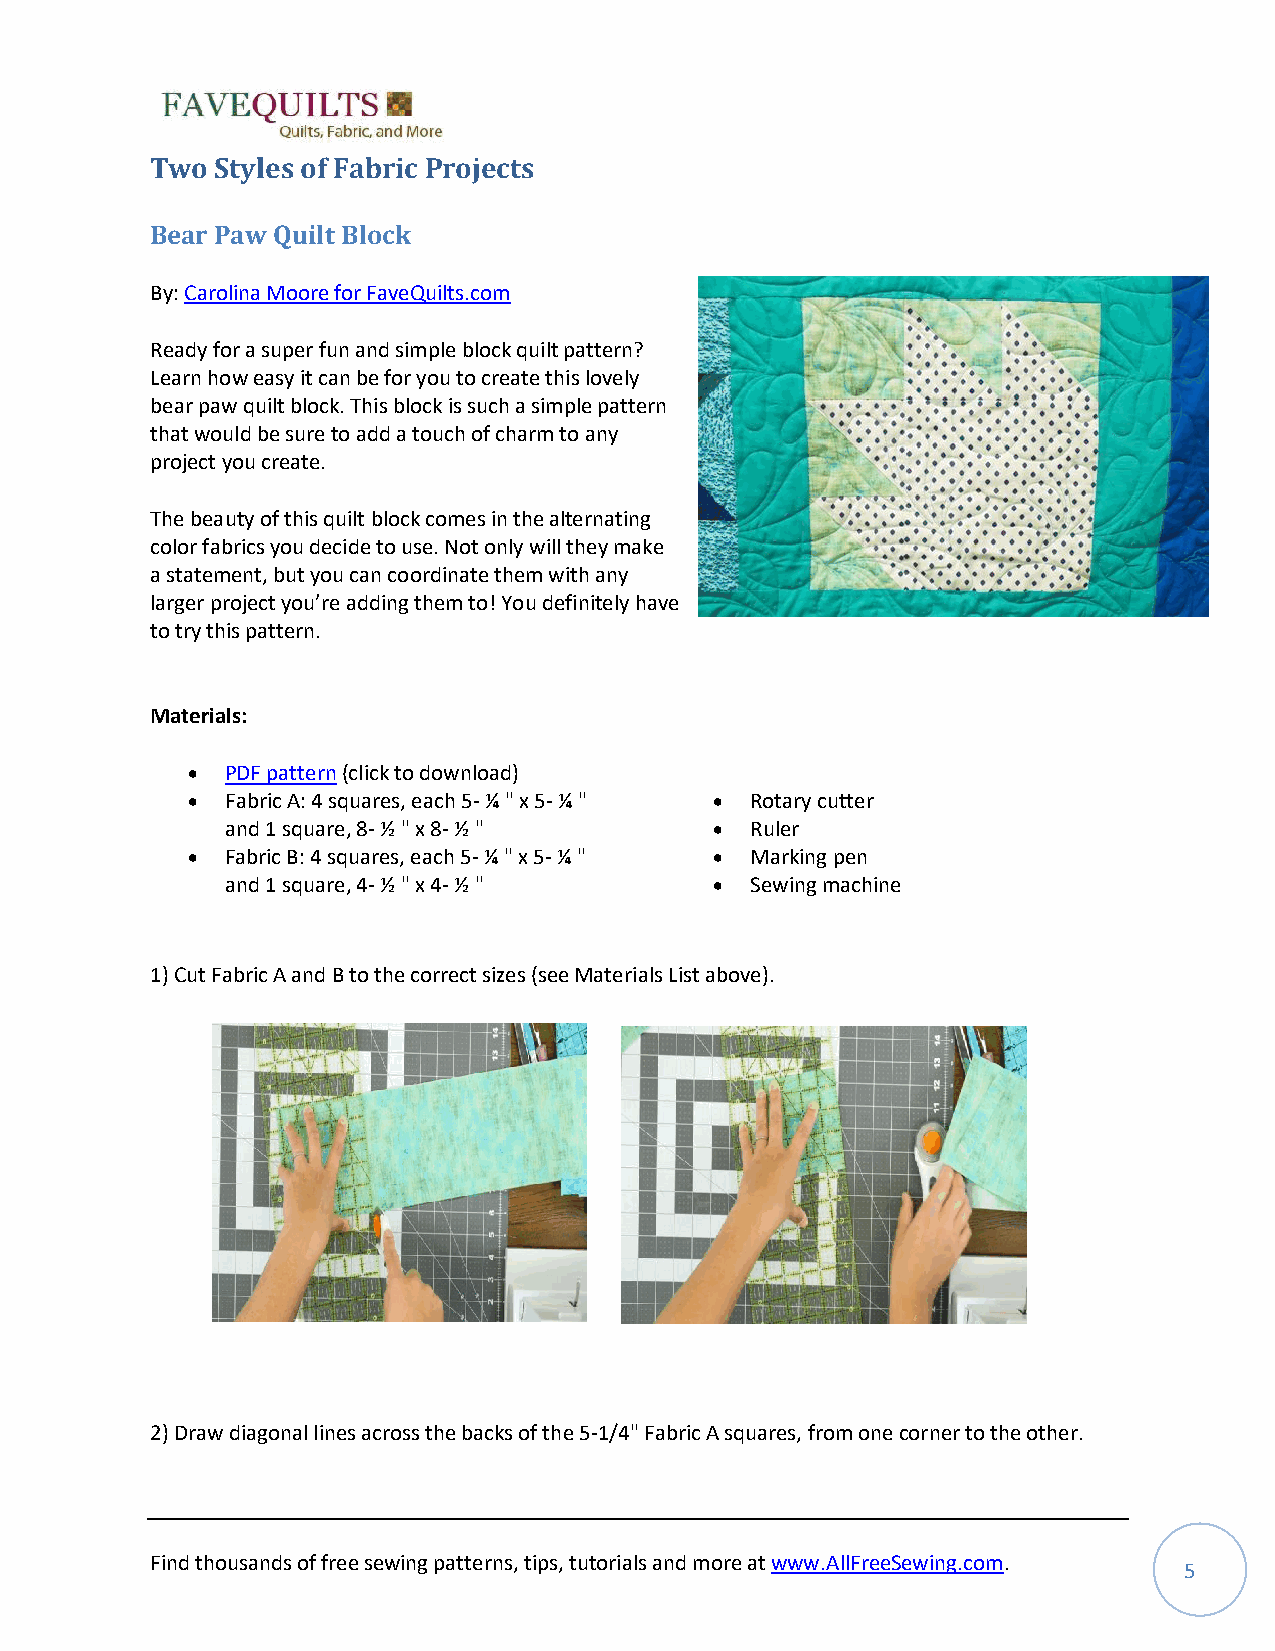
Two Styles of Fabric Projects
 Bear Paw Quilt Block
 By: Carolina Moore for FaveQuilts.com
 Ready for a super fun and simple block quilt pattern?
 Learn how easy it can be for you to create this lovely
 bear paw quilt block. This block is such a simple pattern
 that would be sure to add a touch of charm to any
 project you create.
 The beauty of this quilt block comes in the alternating
 color fabrics you decide to use. Not only will they make
 a statement, but you can coordinate them with any
 larger project you’re adding them to! You definitely have
 to try this pattern.
 Materials:
 •  PDF pattern (click to download)
 •  Fabric A: 4 squares, each 5- ¼ " x 5- ¼ " • Rotary cutter
 and 1 square, 8- ½ " x 8- ½ "   •  Ruler
 •  Fabric B: 4 squares, each 5- ¼ " x 5- ¼ " • Marking pen
 and 1 square, 4- ½ " x 4- ½ "   •  Sewing machine
 1) Cut Fabric A and B to the correct sizes (see Materials List above).
 2) Draw diagonal lines across the backs of the 5-1/4" Fabric A squares, from one corner to the other.
 Find thousands of free sewing patterns, tips, tutorials and more at www.AllFreeSewing.com.
 5